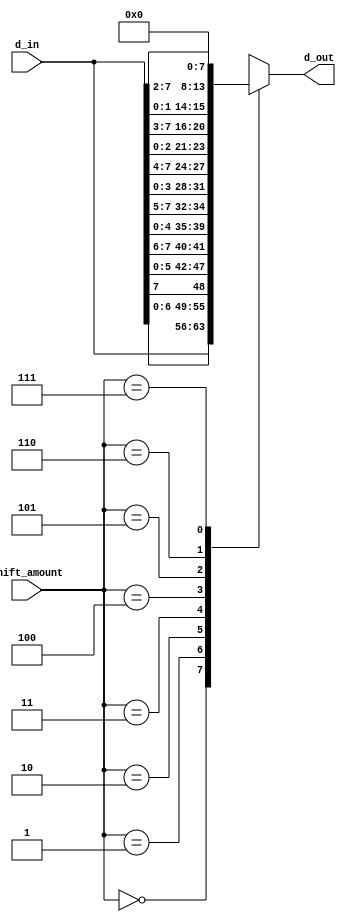
`timescale 1ns / 1ps
//////////////////////////////////////////////////////////////////////////////////
// Company: 
// Engineer: 
// 
// Design Name: 
// Module Name:    barrel_shifter 
// Project Name: 
// Target Devices: 
// Tool versions: 
// Description: 
//
// Dependencies: 
//
// Revision: 
// Revision 0.01 - File Created
// Additional Comments: 
//
//////////////////////////////////////////////////////////////////////////////////
module barrel_shifter(
	input [7:0] d_in,
	input [2:0] shift_amount,
	output reg [7:0] d_out
);

always @* begin
	case (shift_amount)
		0 : d_out = d_in;
		1 : d_out = {d_in[6:0], d_in[7]};
		2 : d_out = {d_in[5:0], d_in[7:6]};
		3 : d_out = {d_in[4:0], d_in[7:5]};
		4 : d_out = {d_in[3:0], d_in[7:4]};
		5 : d_out = {d_in[2:0], d_in[7:3]};
		6 : d_out = {d_in[1:0], d_in[7:2]};
		7 : d_out = 0;
	endcase
end 

endmodule